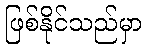
ဖြစ်နိုင်သည်မှာ